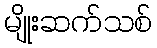
မျိုးဆက်သစ်